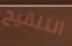
التلقيح